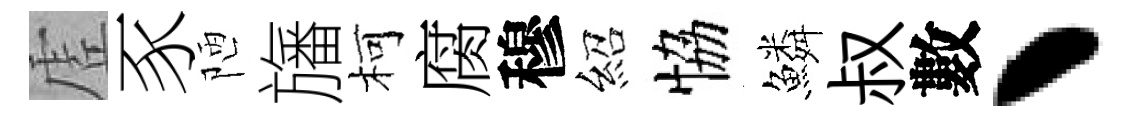
虗豕陋旛柯腐穆紹恊鱗叔數丶